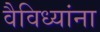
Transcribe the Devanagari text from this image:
वैविध्यांना